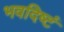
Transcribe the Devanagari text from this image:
भवदिष्टं